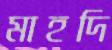
মাহদি